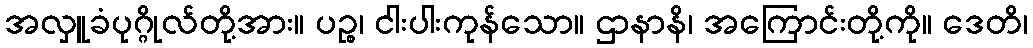
အလှူခံပုဂ္ဂိုလ်တို့အား။ ပဉ္စ၊ ငါးပါးကုန်သော။ ဌာနာနိ၊ အကြောင်းတို့ကို။ ဒေတိ၊